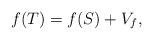
LaTeX: \begin{align*}f(T)=f(S)+V_{f}, \end{align*}